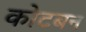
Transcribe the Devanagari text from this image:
कोटबन